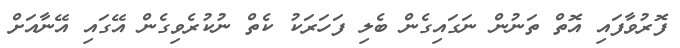
ފޮރުވާފައި އޮތް ތަނުން ނަގައިގެން ބެލި ފަހަރަކު ކެތް ނުކުރެވިގެން އޭގައި އޭނާއަށް